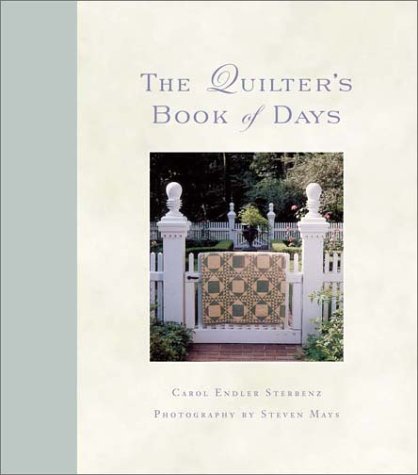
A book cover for The Quilter's Book of Days; Carol Endler Sterbenz; Calendars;